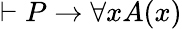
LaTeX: \vdash P\to\forall xA(x)